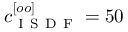
c _ { \mathrm { ~ I ~ S ~ D ~ F ~ } } ^ { [ o o ] } = 5 0